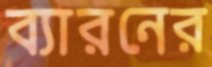
ব্যারনের